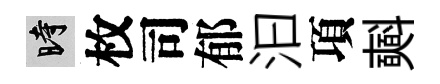
时枚司郁汩項𣂏